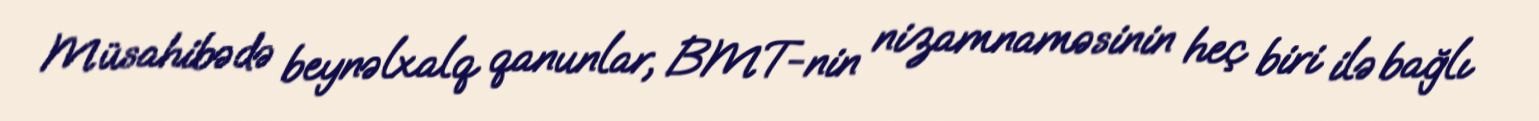
Müsahibədə beynəlxalq qanunlar, BMT-nin nizamnaməsinin heç biri ilə bağlı